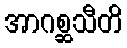
အာဂစ္ဆသီတိ